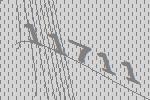
11711